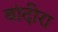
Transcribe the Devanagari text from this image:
बांदीरा